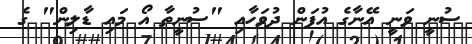
ސުނީ ވަނީ އޭނާގެ އުފަން ދުވަހާއި "ސުނީތާ އޯ މައި ޑާލިން" ގެ